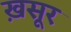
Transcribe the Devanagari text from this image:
ख़सूर